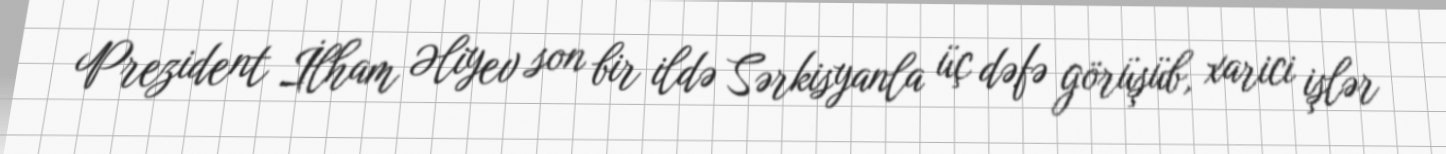
Prezident İlham Əliyev son bir ildə Sərkisyanla üç dəfə görüşüb, xarici işlər